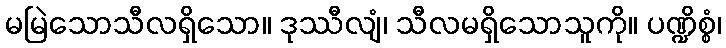
မမြဲသောသီလရှိသော။ ဒုဿီလျံ၊ သီလမရှိသောသူကို။ ပဏ္ဍိစ္စံ၊